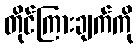
တိုင်ကြားချက်ကို